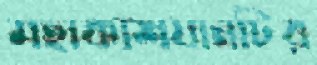
মহাকাশযানটির